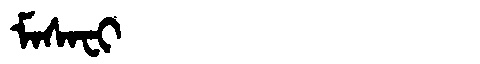
Manchu: ᠮᠠᠰᠠᠸᡳ
Romanization: MASAFI